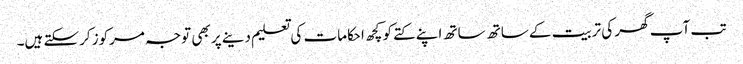
تب آپ گھر کی تربیت کے ساتھ ساتھ اپنے کتے کو کچھ احکامات کی تعلیم دینے پر بھی توجہ مرکوز کرسکتے ہیں۔